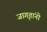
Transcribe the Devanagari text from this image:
जागृतांनो